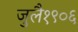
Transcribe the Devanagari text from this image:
जुलै१९०६